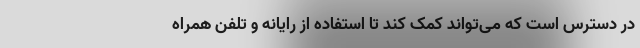
در دسترس است که می‌تواند کمک کند تا استفاده از رایانه و تلفن همراه